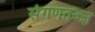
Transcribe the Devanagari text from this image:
संगणतज्ज्ञ